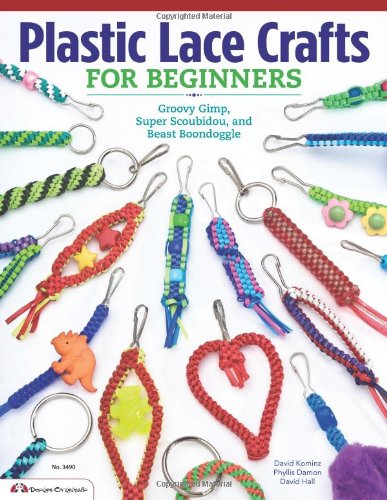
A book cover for Plastic Lace Crafts for Beginners: Groovy Gimp, Super Scoubidou, and Beast Boondoggle; Phyliss Damon-Kominz; Crafts, Hobbies & Home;